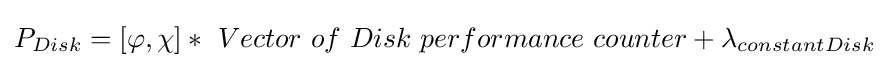
{{P}_{Disk}}=\left[\varphi ,\chi \right]*{\text{ }}Vector{\text{ }}of{\text{ }}Disk{\text{ }}performance{\text{ }}counter+{{\lambda }_{constantDisk}}